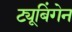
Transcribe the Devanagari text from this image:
ट्यूबिंगेन